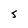
Character: 5